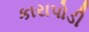
કારાપોડી